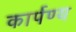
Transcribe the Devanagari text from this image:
कार्पण्य